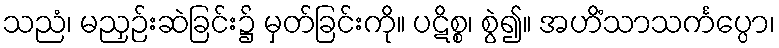
သညံ၊ မညှဉ်းဆဲခြင်း၌ မှတ်ခြင်းကို။ ပဋိစ္စ၊ စွဲ၍။ အဟိံသာသင်္ကပ္ပော၊